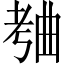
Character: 𬁥